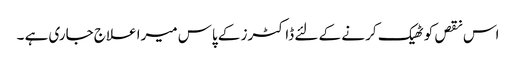
اس نقص کو ٹھیک کر نے کے لئے ڈاکٹرز کے پاس میرا علاج جاری ہے ۔